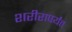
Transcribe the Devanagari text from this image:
शरीरापर्यंत